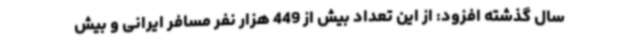
سال گذشته افزود: از این تعداد بیش از 449 هزار نفر مسافر ایرانی و بیش